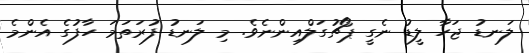
ލަނޑު ޖަހާ ލީޑު ނެގީ ޕޯޗުގަލްއިންނެވެ. މި ލަނޑު ފުރަތަމަ ހާފުގެ އެންމެ